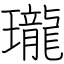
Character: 瓏